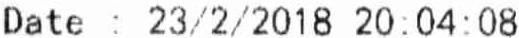
DATE : 23/2/2018 20:04:08